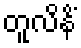
တူလိနိံ